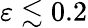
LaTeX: \varepsilon\lesssim 0.2